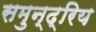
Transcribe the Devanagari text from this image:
समुन्द्रिय